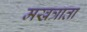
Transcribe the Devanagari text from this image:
मखत्राता